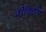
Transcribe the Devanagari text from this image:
नीतिदीप